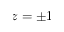
z = \pm 1